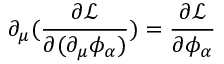
\partial _ { \mu } ( { \frac { \partial { \mathcal { L } } } { \partial ( \partial _ { \mu } \phi _ { \alpha } ) } } ) = { \frac { \partial { \mathcal { L } } } { \partial \phi _ { \alpha } } }